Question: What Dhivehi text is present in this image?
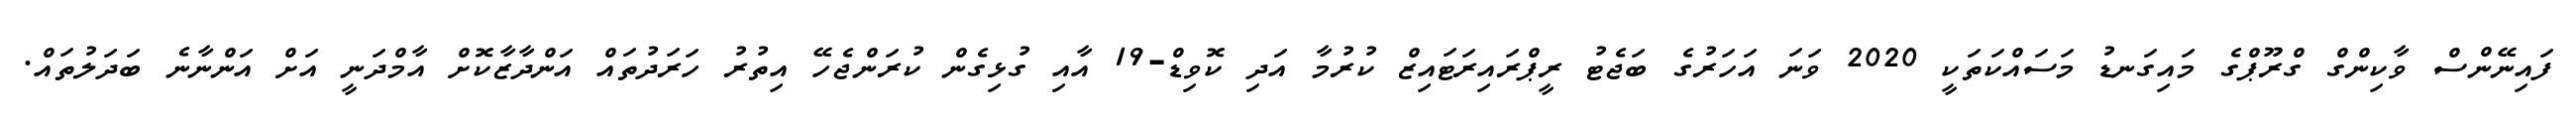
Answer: ފައިނޭންސް ވާކިންގް ގްރޫޕްގެ މައިގަނޑު މަސައްކަތަކީ 2020 ވަނަ އަހަރުގެ ބަޖެޓު ރީޕްރައިރަޓައިޒް ކުރުމާ އަދި ކޮވިޑް-19 އާއި ގުޅިގެން ކުރަންޖެހޭ އިތުރު ހަރަދުތައް އަންދާޒާކޮށް އާމްދަނީ އަށް އަންނާނެ ބަދަލުތައް.